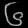
Digit: ၆